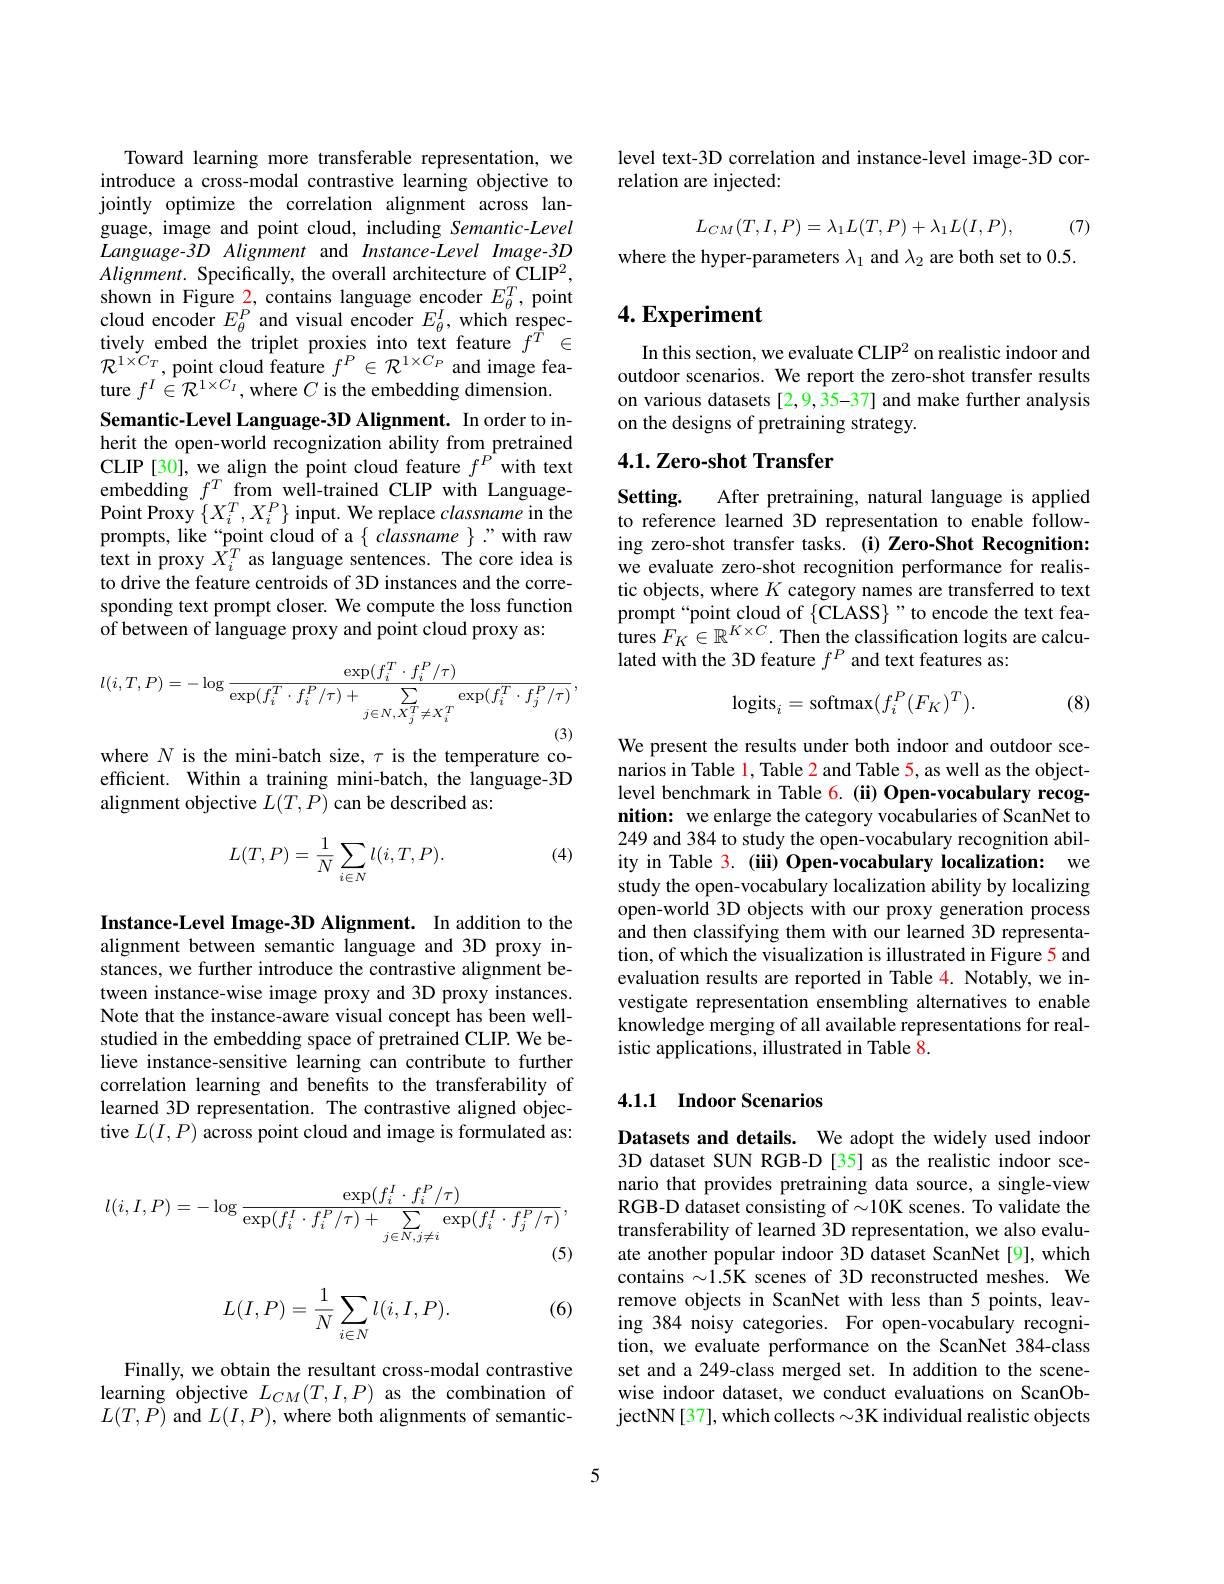
Toward learning more transferable representation, we introduce a cross-modal contrastive learning objective to jointly optimize the correlation alignment across language, image and point cloud, including Semantic-Level $Language-3D$ Alignment and Instance-Level Image-3D $Alignment.$ Specifically, the overall architecture of CLIP$^2$, shown in Figure 2, contains language encoder $E_\theta^T$, point cloud encoder $E_\theta^P$ and visual encoder $E_\theta^I$, which respec- $\begin{array}{l}{\text{tively embed the triplet proxies into text feature }f^{\hat{T}}\in}\\{\mathcal{R}^{1\times C_{T}},\text{point cloud feature }f^{P}\in\mathcal{R}^{1\times C_{P}}\text{ and image fea-}}\end{array}$ ture $f^I\in\mathcal{R}^{1\times C_{I}}$,where $C$ is the embedding dimension. Semantic-Level Language-3D Alignment. In order to inherit the open-world recognization ability from pretrained CLIP[30], we align the point cloud feature $f^{P^{\prime}}$with text embedding $f^T$from well-trained CLIP with LanguagePoint Proxy $\{X_{i}^{T},X_{i}^{P}\}$ input. We replace classname in the prompts, like“point cloud of a{ classname }"with raw text in proxy $X_i^T$ as language sentences. The core idea is to drive the feature centroids of 3D instances and the corresponding text prompt closer. We compute the loss function of between of language proxy and point cloud proxy as:
$$l(i,T,P)=-\log\frac{\exp(f_i^T\cdot f_i^P/\tau)}{\exp(f_i^T\cdot f_i^P/\tau)+\sum_{j\in N,X_j^T\neq X_i^T}\exp(f_i^T\cdot f_j^P/\tau)},$$
where $N$ is the mini-batch size, $\tau$ is the temperature co-

efficient. Within a training mini-batch, the language-3D
alignment objective $L(T,P)$ can be described as:

(4)
$$L(T,P)=\frac{1}{N}\sum_{i\in N}l(i,T,P).$$
Instance-Level Image-3D Alignment. In addition to the alignment between semantic language and 3D proxy instances, we further introduce the contrastive alignment between instance-wise image proxy and 3D proxy instances. Note that the instance-aware visual concept has been wellstudied in the embedding space of pretrained CLIP. We believe instance-sensitive learning can contribute to further correlation learning and benefits to the transferability of learned 3D representation. The contrastive aligned objective $L(I,P)$ across point cloud and image is formulated as:
$$l(i,I,P)=-\log\frac{\exp(f_i^I\cdot f_i^P/\tau)}{\exp(f_i^I\cdot f_i^P/\tau)+\sum_{j\in N,j\neq i}\exp(f_i^I\cdot f_j^P/\tau)},$$
(6)
$$\begin{aligned}L(I,P)=\frac{1}{N}\sum_{i\in N}l(i,I,P).\end{aligned}$$
Finally, we obtain the resultant cross-modal contrastive learning objective $L_CM(T,I,P)$ as the combination of $L(T,P)$ and $L(I,P)$, where both alignments of semantic-

level text-3D correlation and instance-level image-3D cor-
relation are injected:
$$L_{CM}(T,I,P)=\lambda_1L(T,P)+\lambda_1L(I,P),\quad(7)$$
where the hyper-parameters $\lambda_1$ and $\lambda_2$ are both set to 0.5.

## $4. \textbf{Experiment}$

In this section, we evaluate CLIP$^2$ on realistic indoor and outdoor scenarios. We report the zero-shot transfer results on various datasets [2,9,35-37] and make further analysis on the designs of pretraining strategy.

## 4.1. Zero-shot Transfer

Setting.

After pretraining, natural language is applied
to reference learned 3D representation to enable following zero-shot transfer tasks.(i) Zero-Shot Recognition: we evaluate zero-shot recognition performance for realistic objects, where $K$ category names are transferred to text prompt“point cloud of $\{$CLASS}"to encode the text features $F_K\in\mathbb{R}^{K\times C}.$ Then the classification logits are calculated with the 3D feature $f^P$ and text features as:
$$\mathrm{logits}_{i}=\mathrm{softmax}(f_{i}^{P}(F_{K})^{T}).$$
(8)

We present the results under both indoor and outdoor scenarios in Table l, Table 2 and Table 5, as well as the objectlevel benchmark in Table 6. (ii) Open-vocabulary recognition: we enlarge the category vocabularies of ScanNet to 249 and 384 to study the open-vocabulary recognition ability in Table $\color{red}3.$ (iii) Open-vocabulary localization: we study the open-vocabulary localization ability by localizing open-world 3D objects with our proxy generation process and then classifying them with our learned 3D representation, of which the visualization is illustrated in Figure 5 and evaluation results are reported in Table 4. Notably, we investigate representation ensembling alternatives to enable knowledge merging of all available representations for realistic applications, illustrated in Table 8

## 4.1.1 Indoor Scenarios

Datasets and details. We adopt the widely used indoor 3D dataset SUN RGB-D [35] as the realistic indoor scenario that provides pretraining data source, a single-view RGB-D dataset consisting of $\sim10$K scenes. To validate the transferability of learned 3D representation, we also evaluate another popular indoor 3D dataset ScanNet [9], which contains $\sim1.5$K scenes of 3D reconstructed meshes. We remove objects in ScanNet with less than 5 points, leaving 384 noisy categories. For open-vocabulary recognition, we evaluate performance on the ScanNet 384-class set and a 249-class merged set. In addition to the scenewise indoor dataset, we conduct evaluations on ScanObjectNN[37], which collects $\sim3$K individual realistic objects

5